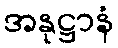
အနုဋ္ဌာနံ